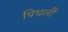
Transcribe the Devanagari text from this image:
पिघलीं